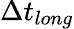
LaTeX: \Delta t_{long}